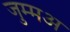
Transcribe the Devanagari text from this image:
जुम्मअ